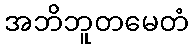
အဘိဘူတမေတံ